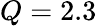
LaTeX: Q=2.3